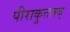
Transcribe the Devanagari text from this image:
पीराकुत्ततय्